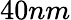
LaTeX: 40nm